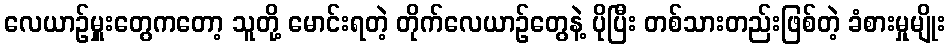
လေယာဉ်မှူးတွေကတော့ သူတို့ မောင်းရတဲ့ တိုက်လေယာဉ်တွေနဲ့ ပိုပြီး တစ်သားတည်းဖြစ်တဲ့ ခံစားမှုမျိုး